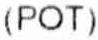
(POT)